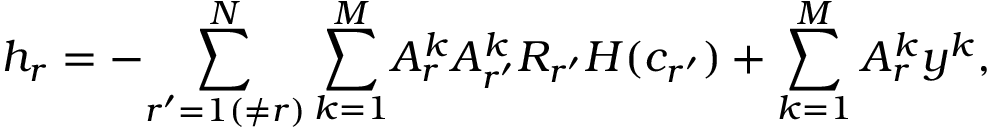
\centering h _ { r } = - { \sum _ { r ^ { \prime } = 1 ( \neq r ) } ^ { N } \sum _ { k = 1 } ^ { M } } A _ { r } ^ { k } A _ { r ^ { \prime } } ^ { k } R _ { r ^ { \prime } } H ( c _ { r ^ { \prime } } ) + \sum _ { k = 1 } ^ { M } A _ { r } ^ { k } y ^ { k } ,